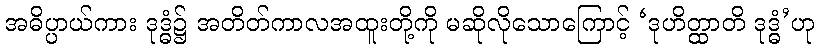
အဓိပ္ပာယ်ကား ဒုဒ္ဓံ၌ အတိတ်ကာလအထူးတို့ကို မဆိုလိုသောကြောင့် ‘ဒုဟိတ္ထာတိ ဒုဒ္ဓံ’ဟု